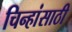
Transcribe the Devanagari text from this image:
चिन्हांसाठी